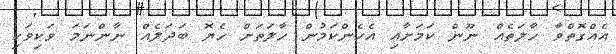
އެއްގޮތްވާ ހާލަތެއް ނޫން ކަމަށާއި އެހެންކަމުން ހާލަތަށް ހެޔޮ ބަދަލެއް ނާންނަމަ ވަކިވަކި